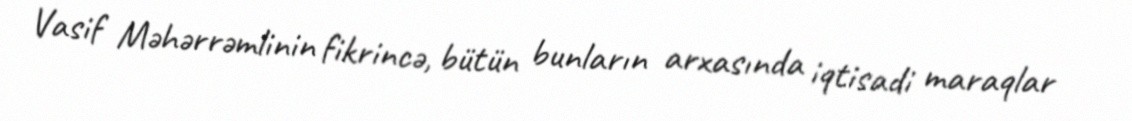
Vasif Məhərrəmlinin fikrincə, bütün bunların arxasında iqtisadi maraqlar